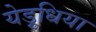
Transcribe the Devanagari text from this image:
येड़ुधिया